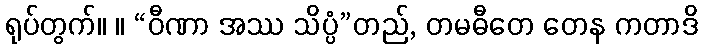
ရုပ်တွက်။ ။ “ဝီဏာ အဿ သိပ္ပံ”တည်, တမဓီတေ တေန ကတာဒိ